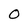
Character: O